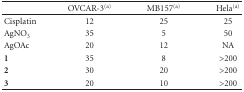
<table><thead><tr><td></td><td><b>OVCAR-3<sup>(a)</sup></b></td><td><b>MB157<sup>(a)</sup></b></td><td><b>Hela<sup>(a)</sup></b></td></tr></thead><tbody><tr><td>Cisplatin</td><td>12</td><td>25</td><td>25</td></tr><tr><td>AgNO<sub>3</sub></td><td>35</td><td>5</td><td>50</td></tr><tr><td>AgOAc</td><td>20</td><td>12</td><td>NA</td></tr><tr><td><b>1</b></td><td>35</td><td>8</td><td>&gt;200</td></tr><tr><td><b>2</b></td><td>30</td><td>20</td><td>&gt;200</td></tr><tr><td><b>3</b></td><td>20</td><td>10</td><td>&gt;200</td></tr></tbody></table>